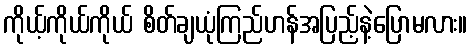
ကိုယ့်ကိုယ်ကိုယ် စိတ်ချယုံကြည်ဟန်အပြည့်နဲ့ပြောမလား။